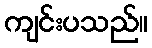
ကျင်းပသည်။